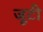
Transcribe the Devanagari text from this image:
जूटी